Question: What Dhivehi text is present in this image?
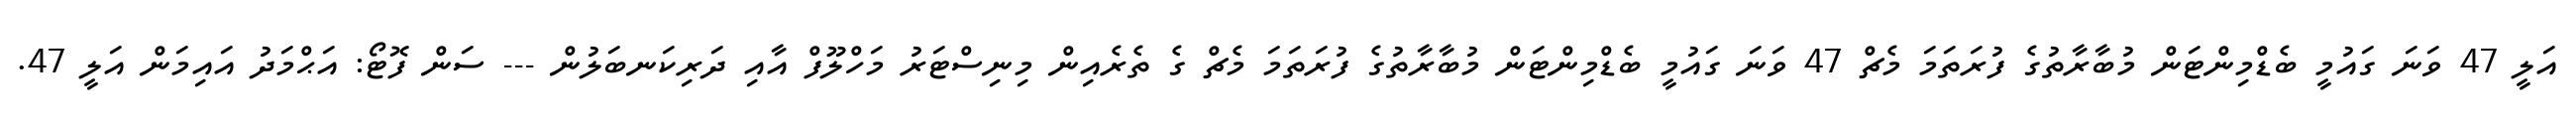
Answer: އަލީ 47 ވަނަ ގައުމީ ބެޑްމިންޓަން މުބާރާތުގެ ފުރަތަމަ މެޗް 47 ވަނަ ގައުމީ ބެޑްމިންޓަން މުބާރާތުގެ ފުރަތަމަ މެޗް ގެ ތެރެއިން މިނިސްޓަރު މަހްލޫފް އާއި ދަރިކަނބަލުން --- ސަން ފޮޓޯ: އަޙްމަދު އައިމަން އަލީ 47.